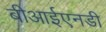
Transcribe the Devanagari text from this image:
बीआईएनडी